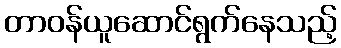
တာဝန်ယူဆောင်ရွက်နေသည့်